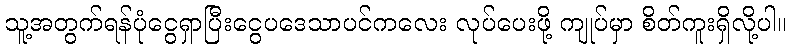
သူ့အတွက်ရန်ပုံငွေရှာပြီးငွေပဒေသာပင်ကလေး လုပ်ပေးဖို့ ကျုပ်မှာ စိတ်ကူးရှိလို့ပါ။